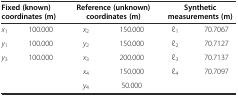
<table><thead><tr><td colspan="2"><b>Fixed (known) coordinates (m)</b></td><td colspan="2"><b>Reference (unknown) coordinates (m)</b></td><td colspan="2"><b>Synthetic measurements (m)</b></td></tr></thead><tbody><tr><td><i>x</i><sub>1</sub></td><td>100.000</td><td><i>x</i><sub>2</sub></td><td>150.000</td><td>l<sub>1</sub></td><td>70.7067</td></tr><tr><td><i>y</i><sub>1</sub></td><td>100.000</td><td><i>y</i><sub>2</sub></td><td>150.000</td><td>l<sub>2</sub></td><td>70.7127</td></tr><tr><td><i>y</i><sub>3</sub></td><td>100.000</td><td><i>x</i><sub>3</sub></td><td>200.000</td><td>l<sub>3</sub></td><td>70.7137</td></tr><tr><td></td><td></td><td><i>x</i><sub>4</sub></td><td>150.000</td><td>l<sub>4</sub></td><td>70.7097</td></tr><tr><td></td><td></td><td><i>y</i><sub>4</sub></td><td>50.000</td><td></td><td></td></tr></tbody></table>